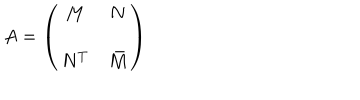
A = \left( \begin{array} { c c } { { M } } & { { N } } \\ { { N ^ { T } } } & { { \bar { M } } } \\ \end{array} \right)